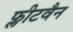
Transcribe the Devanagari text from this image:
फ्लीटवैन